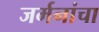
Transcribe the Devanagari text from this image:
जर्मनांचा